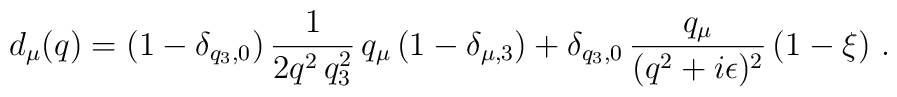
d_\mu(q) =(1 - \delta_{q_3,0})\,\frac{1}{2q^2\,q_3^2}\,q_\mu\left(1 - \delta_{\mu,3}\right)+ \delta_{q_3,0}\,\frac{q_\mu}{(q^2 + i\epsilon)^2}\,(1 - \xi) \ .